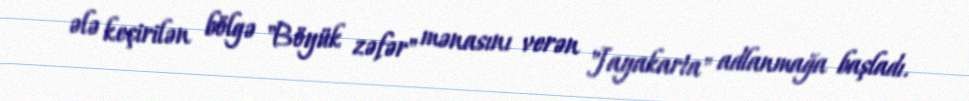
ələ keçirilən bölgə "Böyük zəfər" mənasını verən "Jayakarta" adlanmağa başladı.